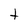
Character: t